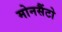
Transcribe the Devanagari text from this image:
मोनसैंटो